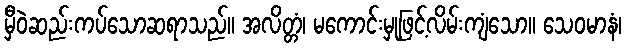
မှီဝဲဆည်းကပ်သောဆရာသည်။ အလိတ္တံ၊ မကောင်းမှုဖြင့်လိမ်းကျံသော။ သေဝမာနံ၊